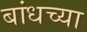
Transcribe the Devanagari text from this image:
बांधच्या